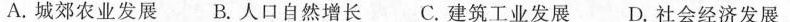
A.城郊农业发展 B.人口自然增长 C.建筑工业发展 D.社会经济发展